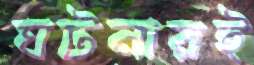
ঘটনারই